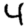
Digit: 4